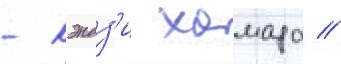
- кэндз'и хамада //